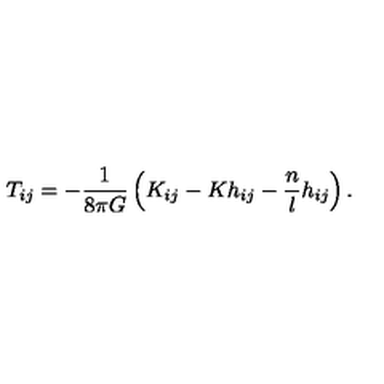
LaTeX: T _ { i j } = - \frac { 1 } { 8 \pi G } \left( K _ { i j } - K h _ { i j } - \frac { n } { l } h _ { i j } \right) .